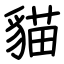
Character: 貓